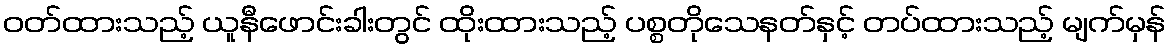
ဝတ်ထားသည့် ယူနီဖောင်းခါးတွင် ထိုးထားသည့် ပစ္စတိုသေနတ်နှင့် တပ်ထားသည့် မျက်မှန်